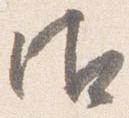
御